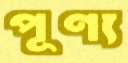
পূণ্য